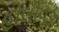
હોલીવૂડ